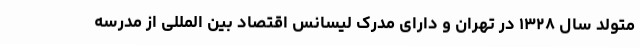
متولد سال ۱۳۲۸ در تهران و دارای مدرک لیسانس اقتصاد بین المللی از مدرسه